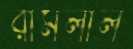
রামলাল